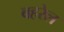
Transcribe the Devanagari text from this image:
बहरेल